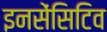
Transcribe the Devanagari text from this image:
इनसेंसिटिव